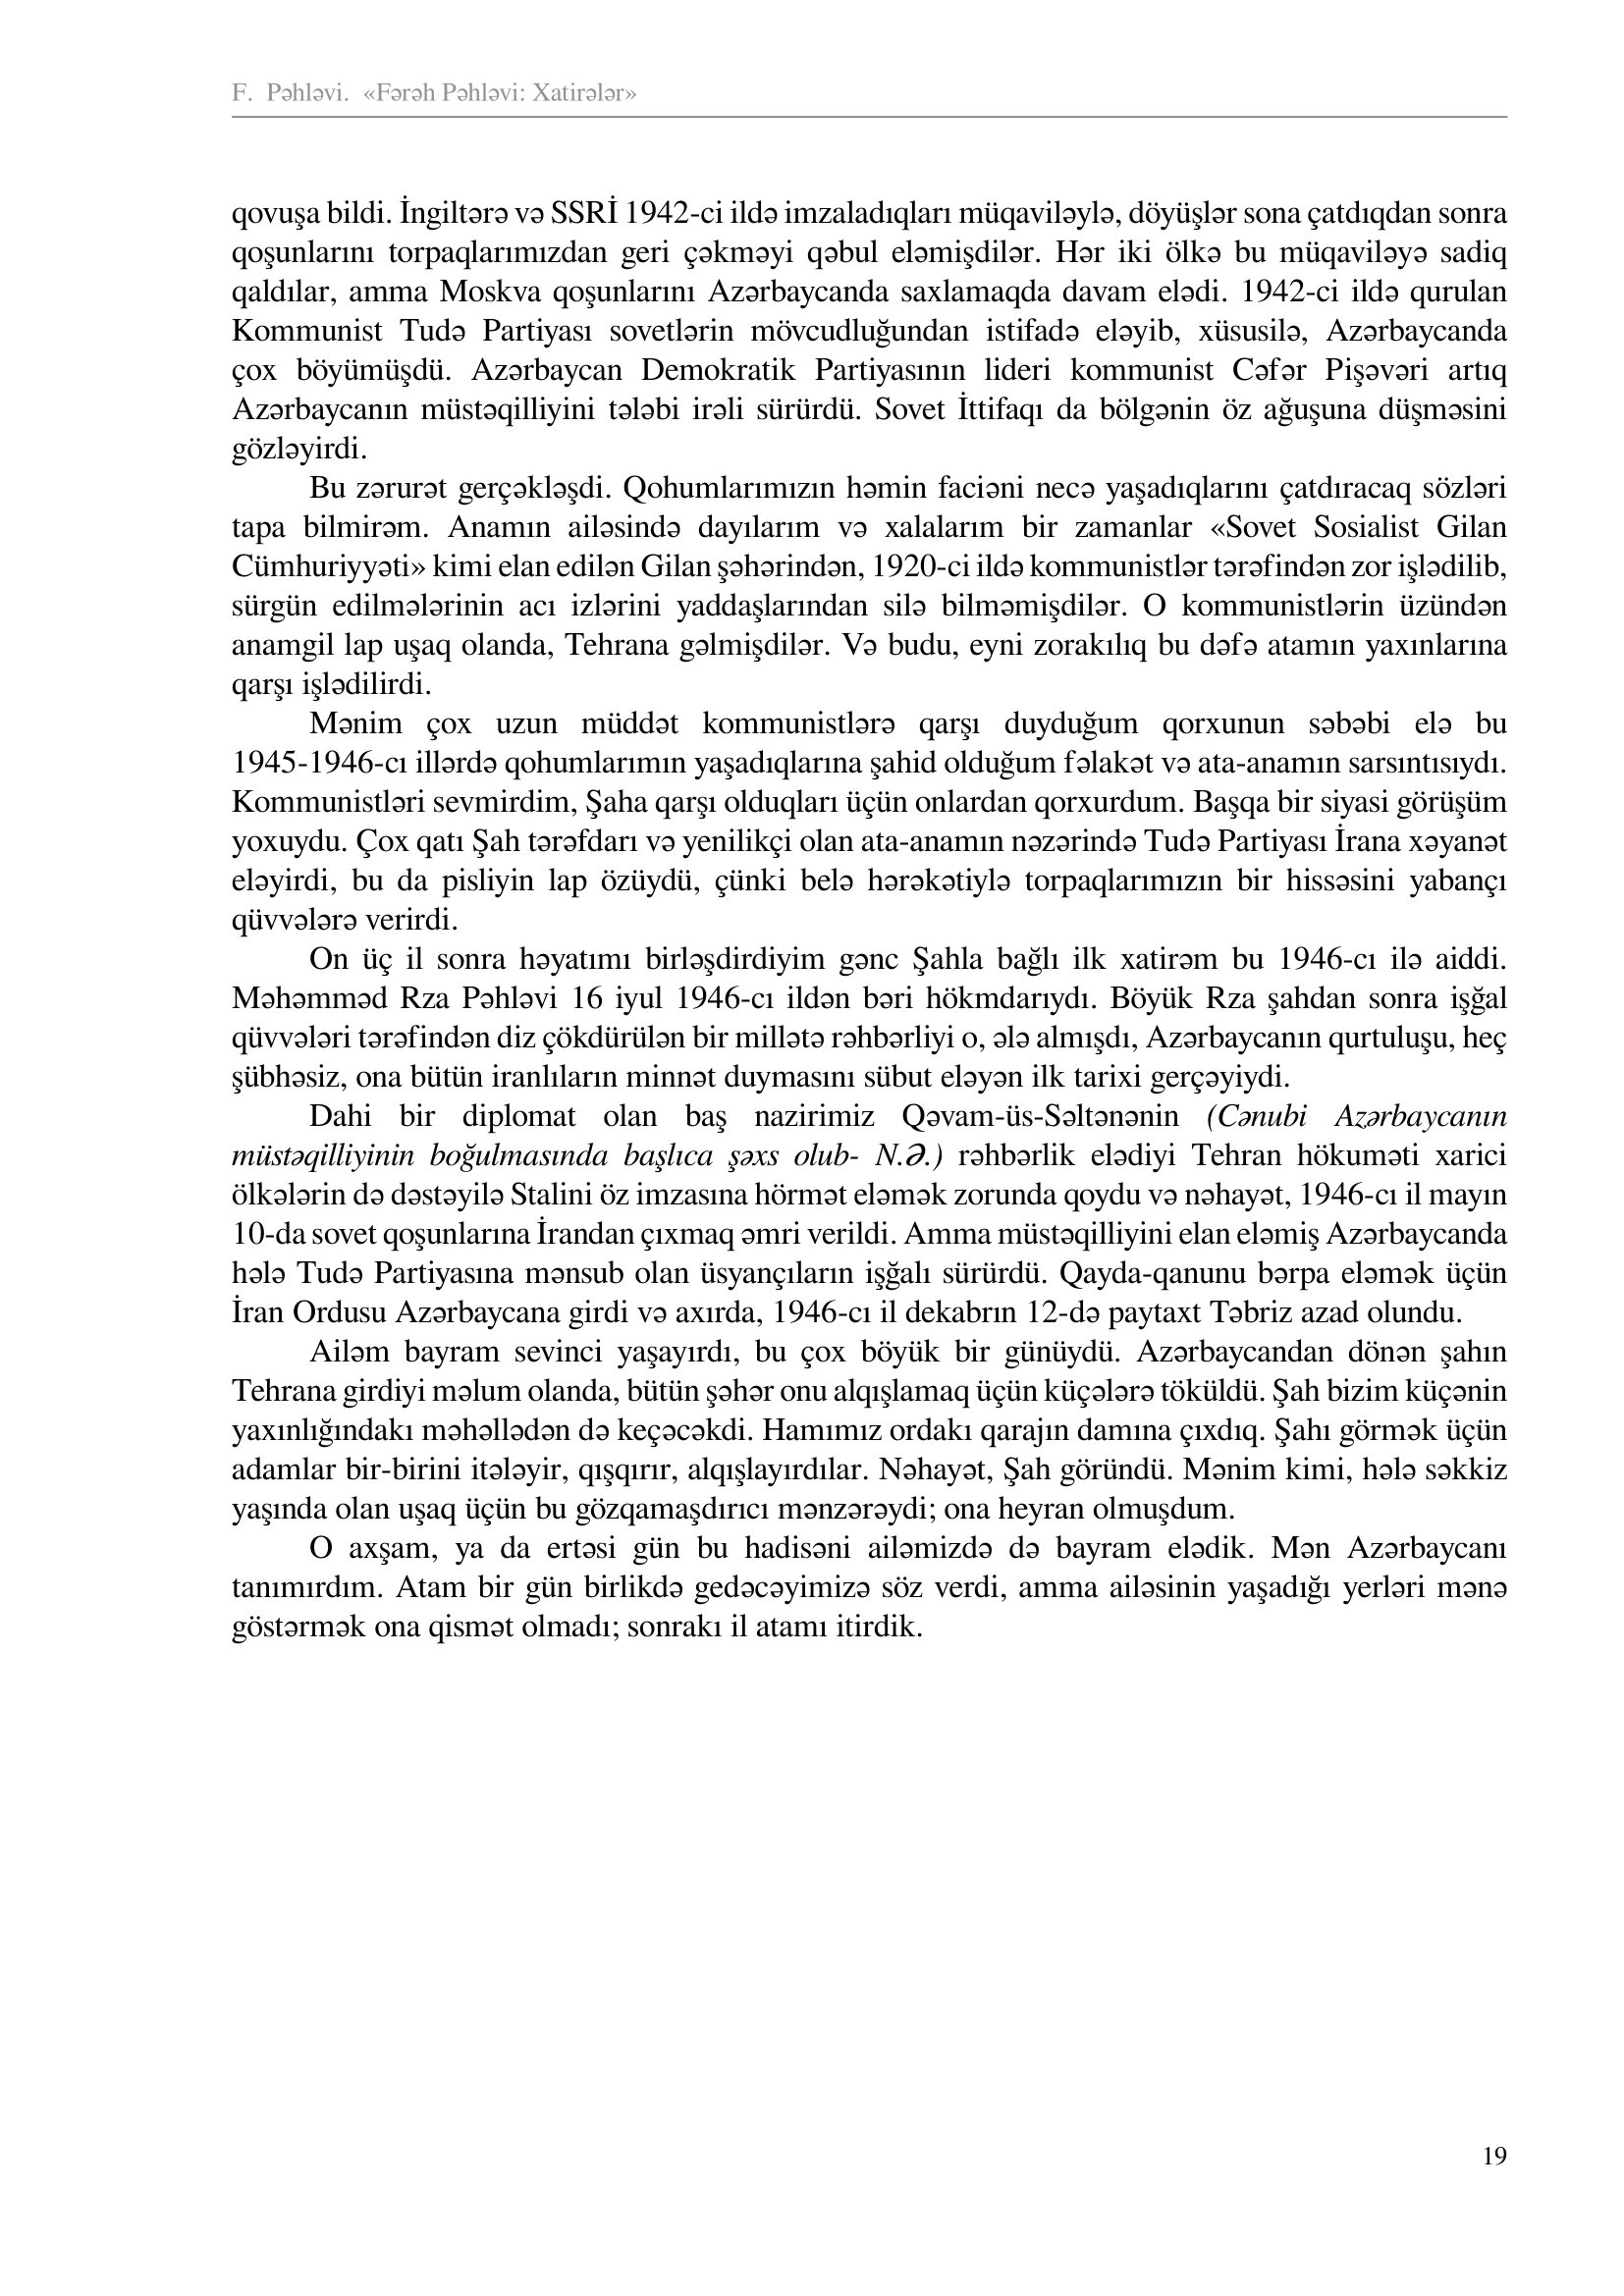
Language: az